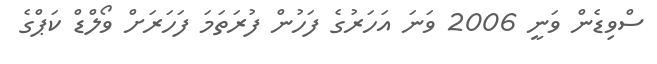
ސްވިޑެން ވަނީ 2006 ވަނަ އަހަރުގެ ފަހުން ފުރަތަމަ ފަހަރަށް ވޯލްޑް ކަޕްގެ